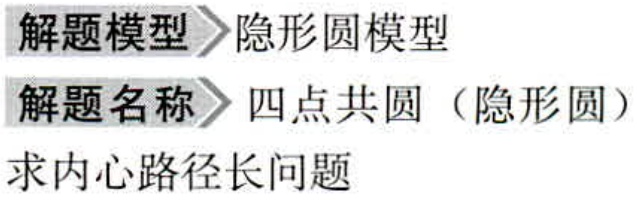
解题模型 隐形圆模型

解题名称 四点共圆（隐形圆）

求内心路径长问题